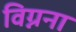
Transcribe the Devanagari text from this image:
विग्नना